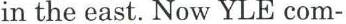
in the east. Now YLE com-